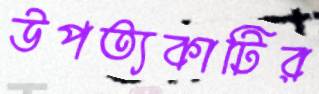
উপত্যকাটির